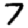
Digit: 7